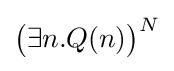
{\big (}\exists n.Q(n){\big )}^{N}